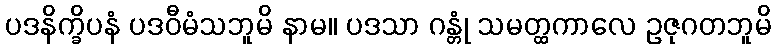
ပဒနိက္ခိပနံ ပဒဝီမံသဘူမိ နာမ။ ပဒသာ ဂန္တုံ သမတ္ထကာလေ ဥဇုဂတဘူမိ